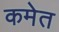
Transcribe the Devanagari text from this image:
कमेत